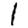
Digit: 1